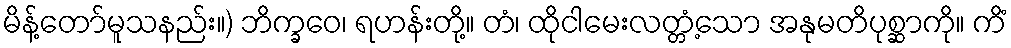
မိန့်တော်မူသနည်း။) ဘိက္ခဝေ၊ ရဟန်းတို့။ တံ၊ ထိုငါမေးလတ္တံ့သော အနုမတိပုစ္ဆာကို။ ကိံ